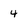
Character: 4